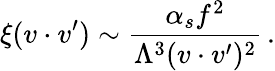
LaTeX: \xi(v\cdot v^{\prime})\sim\frac{\alpha_{s}f^{2}}{\Lambda^{3}(v\cdot v^{\prime})^{2}}\, .